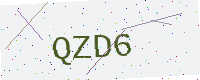
Text: QZD6